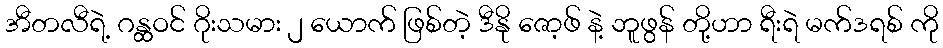
အီတလီရဲ့ ဂန္ထဝင် ဂိုးသမား ၂ ယောက် ဖြစ်တဲ့ ဒီနို ဇော့ဖ် နဲ့ ဘူဖွန် တို့ဟာ ရီးရဲ မက်ဒရစ် ကို